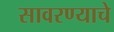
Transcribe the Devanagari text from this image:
सावरण्याचे